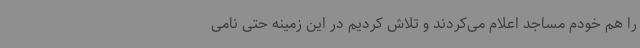
را هم خودم مساجد اعلام می‌کردند و تلاش کردیم در این زمینه حتی نامی